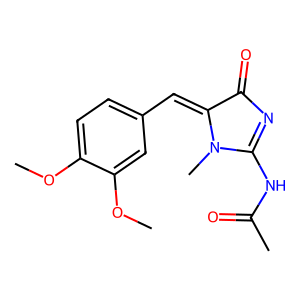
SMILES: COc1ccc(C=C2C(=O)N=C(NC(C)=O)N2C)cc1OC
Inhibits HIV replication: No